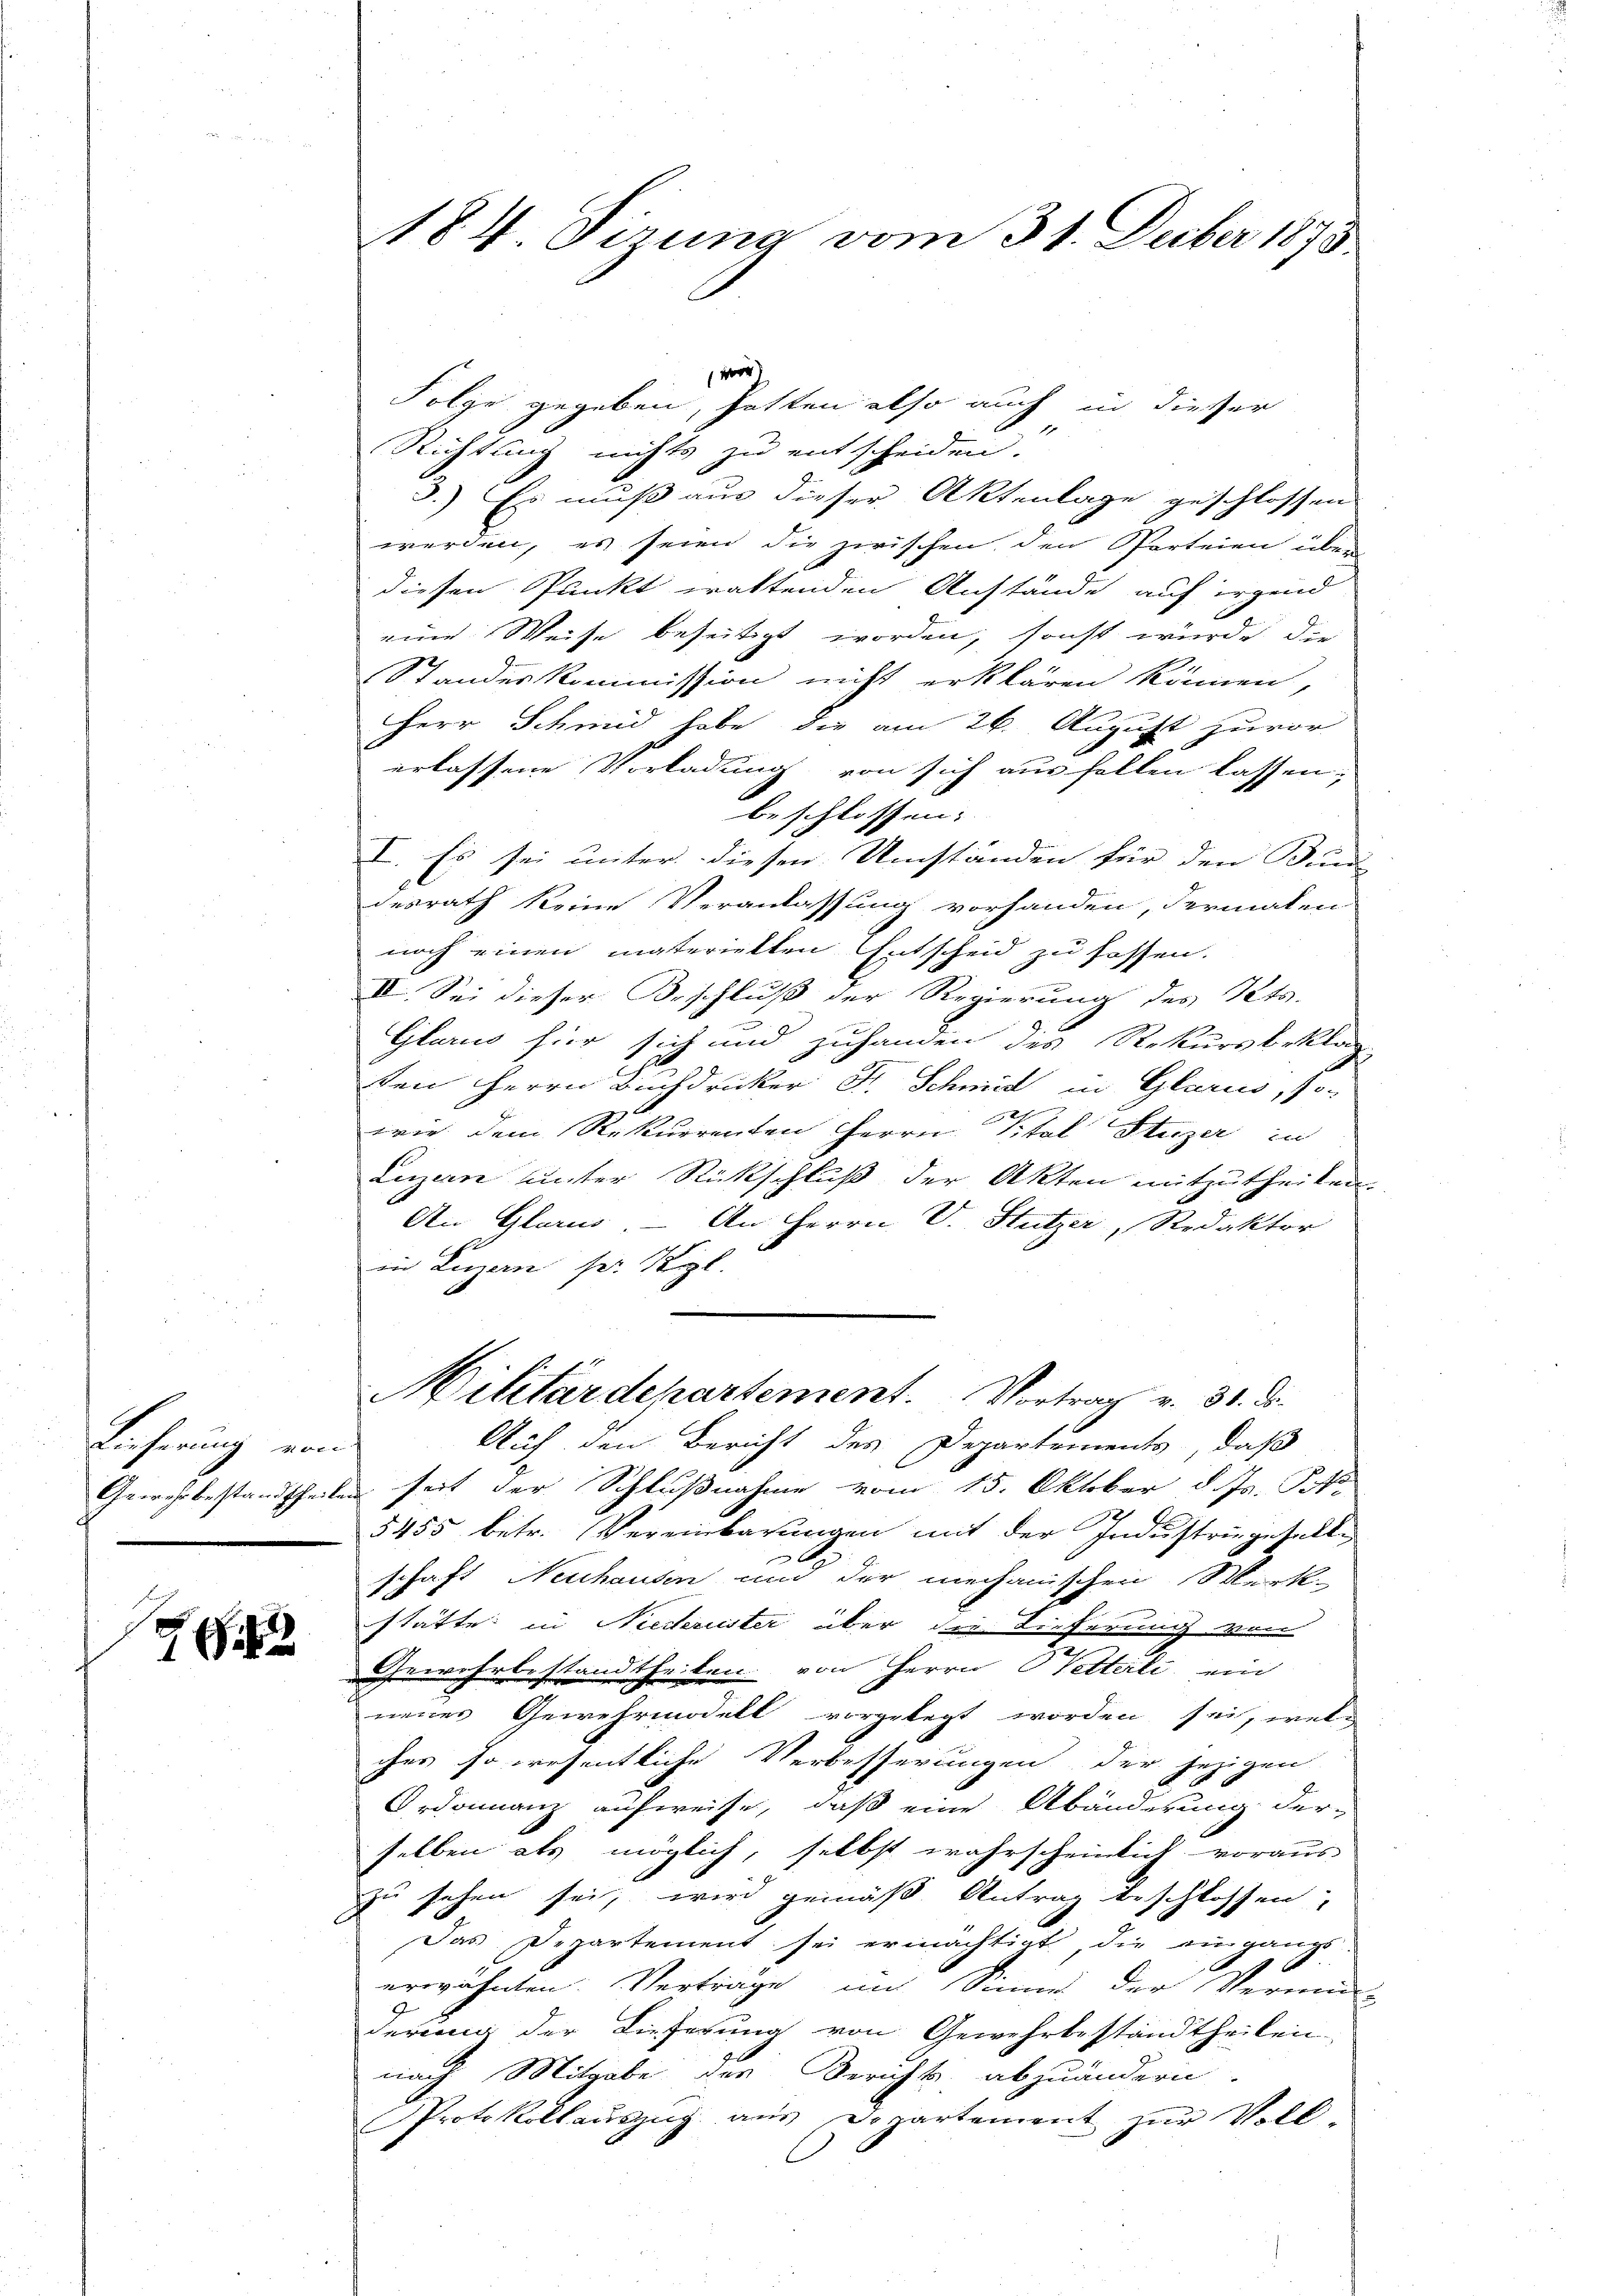
Lahrung von

9

Folge gegeben, hatten also auch in dieser
Richtung nichts zu entscheiden.
3.) Es muß aus dieser Aktenlage geschlossen
werden, es seien die zwischen, den Parteien über
diesen Punkt waltenden Anstände auf irgend
eine Weise beseitigt worden, sonst wurde die
Standeskommission nicht erklären können,
Herr Schmid habe die am 26. August zuvor
erlassene Vorladung von sich aus sollen lassen;
beschlossen:
I. Es sei unter diesen Umständen für den Bau- |
desrath keine Veranlassung vorhanden, dermalen
noch einen materiellen Entscheid zu fassen.
II. Sei dieser Beschluß der Regierung des Kts.
Glarus hier sich und zuhanden des Rekursbeklag
ten Herrn Buchdrucker Fr. Schmid in Glarus, so-
wie dem Rekurrenten Herrn Titel Stuzer in
Luzern unter Rückschluß der Akten mitzutheilen.
An Glarus - An Herrn V. Stutzer, Redaktor
in Luzern sei Teil.
Militärdepartement. Vortrag v. 31. ds.
Auf den Bericht des Departements, daß
Gewehrbestandtheilen seit der Schlußnahme vom 15. Oktober d. Js. f.
5455 betr. Vereinbarungen mit der Industringesellschaft Neuhausen und der mechanischen Merk-
stätte in Niederuster über die Tieferung von
Gewehrbestandtheilen von Herrn Vetterli ein
neues Gewehrmodelt vorgelegt worden sei, welc
ches so wesentliche Verbesserungen der jezigen
Ordonanz aufweise, daß eine Abänderung derselben als möglich, selbst wahrscheinlich voraus
zu sehen sei, wird gemäß Antrag beschlossen,
Das Departement sei ermächtigt, die eingangs-
1
erwähnten. Verträge im Sinne der Vermu
derung der Lieferung von Gewehrbestandtheilen-
nach Mitgabe des Berichts abzuändern.
Protokoll aŭszŭg aŭs Departement zŭr Voll-

184. Dirung vom 31. Deber 1873.

v